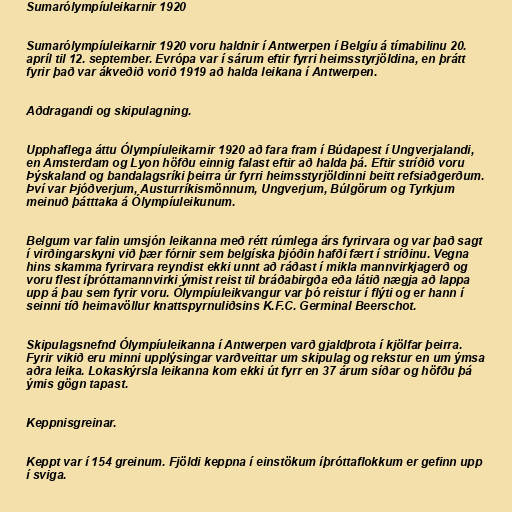
Sumarólympíuleikarnir 1920

Sumarólympíuleikarnir 1920 voru haldnir í Antwerpen í Belgíu á tímabilinu 20.
apríl til 12. september. Evrópa var í sárum eftir fyrri heimsstyrjöldina, en þrátt
fyrir það var ákveðið vorið 1919 að halda leikana í Antwerpen.

Aðdragandi og skipulagning.

Upphaflega áttu Ólympíuleikarnir 1920 að fara fram í Búdapest í Ungverjalandi,
en Amsterdam og Lyon höfðu einnig falast eftir að halda þá. Eftir stríðið voru
Þýskaland og bandalagsríki þeirra úr fyrri heimsstyrjöldinni beitt refsiaðgerðum.
Því var Þjóðverjum, Austurríkismönnum, Ungverjum, Búlgörum og Tyrkjum
meinuð þátttaka á Ólympíuleikunum.

Belgum var falin umsjón leikanna með rétt rúmlega árs fyrirvara og var það sagt
í virðingarskyni við þær fórnir sem belgíska þjóðin hafði fært í stríðinu. Vegna
hins skamma fyrirvara reyndist ekki unnt að ráðast í mikla mannvirkjagerð og
voru flest íþróttamannvirki ýmist reist til bráðabirgða eða látið nægja að lappa
upp á þau sem fyrir voru. Ólympíuleikvangur var þó reistur í flýti og er hann í
seinni tíð heimavöllur knattspyrnuliðsins K.F.C. Germinal Beerschot.

Skipulagsnefnd Ólympíuleikanna í Antwerpen varð gjaldþrota í kjölfar þeirra.
Fyrir vikið eru minni upplýsingar varðveittar um skipulag og rekstur en um ýmsa
aðra leika. Lokaskýrsla leikanna kom ekki út fyrr en 37 árum síðar og höfðu þá
ýmis gögn tapast.

Keppnisgreinar.

Keppt var í 154 greinum. Fjöldi keppna í einstökum íþróttaflokkum er gefinn upp
í sviga.